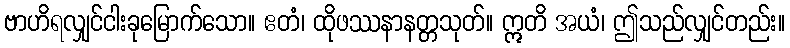
ဗာဟိရလျှင်ငါးခုမြောက်သော။ ဧတံ၊ ထိုဖဿနာနတ္တသုတ်။ ဣတိ အယံ၊ ဤသည်လျှင်တည်း။